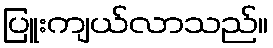
ပြူးကျယ်လာသည်။